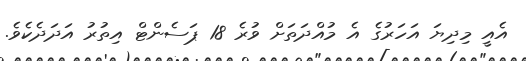
އެއީ މިދިޔަ އަހަރުގެ އެ މުއްދަތަށް ވުރެ 18 ޕަސެންޓް އިތުރު އަދަދެކެވެ.